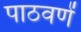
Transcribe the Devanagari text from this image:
पाठवणें